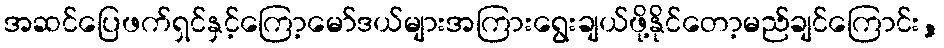
အဆင်ပြေဖက်ရှင်နှင့်ကြော့မော်ဒယ်များအကြားရွေးချယ်ဖို့နိုင်တော့မည်ချင်ကြောင်း,